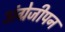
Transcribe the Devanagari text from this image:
अंग्रेजीपन